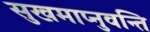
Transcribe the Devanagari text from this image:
सुखमाप्नुवन्ति